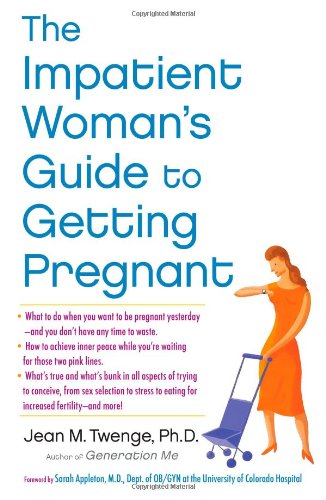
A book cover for The Impatient Woman's Guide to Getting Pregnant; Ph.D. Jean M. Twenge Ph.D.; Parenting & Relationships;